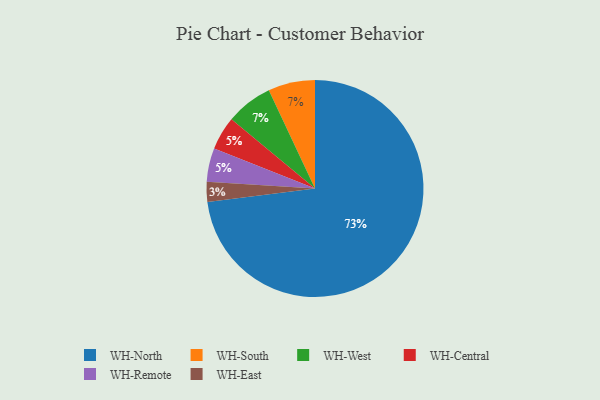
{"axis": {"x": "Category", "y": "Percentage"}, "legend": ["WH-Central", "WH-East", "WH-North", "WH-Remote", "WH-South", "WH-West"], "data": [{"x": "WH-South", "y": 7, "type": "WH-South"}, {"x": "WH-East", "y": 3, "type": "WH-East"}, {"x": "WH-Central", "y": 5, "type": "WH-Central"}, {"x": "WH-West", "y": 7, "type": "WH-West"}, {"x": "WH-North", "y": 73, "type": "WH-North"}, {"x": "WH-Remote", "y": 5, "type": "WH-Remote"}]}